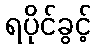
ရပိုင်ခွင့်